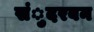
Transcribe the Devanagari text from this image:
संुदरबन